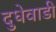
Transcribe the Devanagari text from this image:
दुधेवाडी